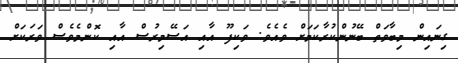
ގިނައިން މިބާވަތް ބޭނުންކުރާކަމަށް ވެއެވެ. ވަކިފޫ އާއި އަސޭމިރުސް އާއި ކޮންމެވެސް ވަރަކަށް